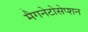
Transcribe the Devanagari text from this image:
मैगनेटोसेप्शन